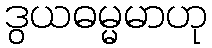
ဒွယဓမ္မမာဟု